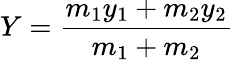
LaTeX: Y={\frac{m_{1}y_{1}+m_{2}y_{2}}{m_{1}+m_{2}}}